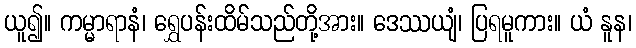
ယူ၍။ ကမ္မာရာနံ၊ ရွှေပန်းထိမ်သည်တို့အား။ ဒေဿယျံ၊ ပြရမူကား။ ယံ နူန၊